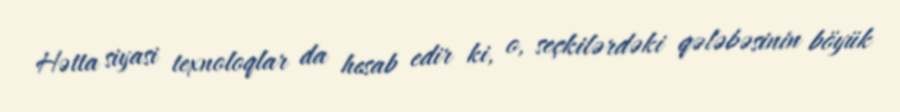
Hətta siyasi texnoloqlar da hesab edir ki, o, seçkilərdəki qələbəsinin böyük